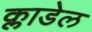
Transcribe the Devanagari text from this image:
क्लाडेल